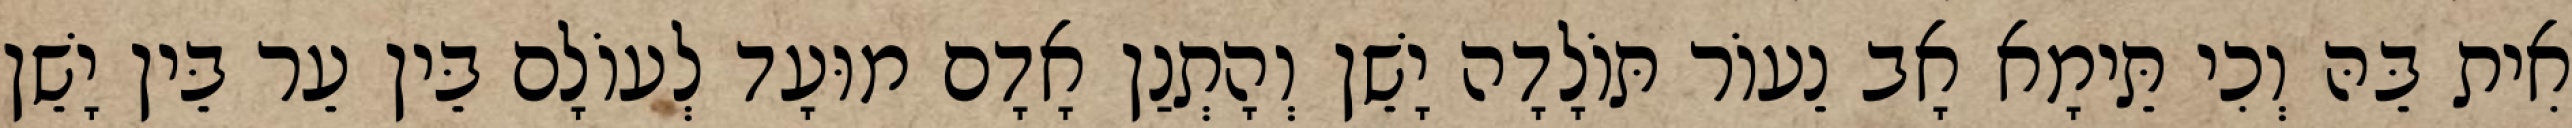
אִית בֵּהּ וְכִי תֵּימָא אָב נֵעוֹר תּוֹלָדָה יָשֵׁן וְהָתְנַן אָדָם מוּעָד לְעוֹלָם בֵּין עֵר בֵּין יָשֵׁן